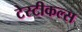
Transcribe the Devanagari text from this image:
टेस्टीकल्स